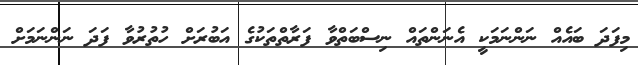
މިފަދަ ބައެއް ނަންނަމަކީ އެނަންތައް ނިސްބަތްވާ ފަރާތްތަކުގެ އަބުރަށް ހުތުރުވާ ފަދަ ނަންނަމަށް